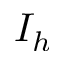
I _ { h }